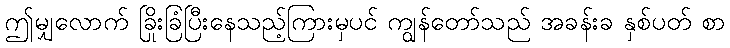
ဤမျှလောက် ခြိုးခြံပြီးနေသည့်ကြားမှပင် ကျွန်တော်သည် အခန်းခ နှစ်ပတ် စာ